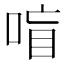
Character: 𰇸